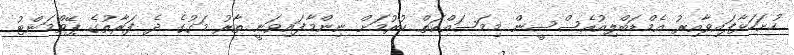
ހުށަހަޅާފައިވާއިރު އެމްޑަބްލިއުއެސްސީން މިމަސައްކަތް ކުރުމަށް ނިންމާފައިވަނީ ތާރު މަގުގެ ދެ ފަރާތުގެ ޕޭވްމަންޓު